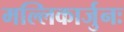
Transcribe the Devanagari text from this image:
मल्लिकार्जुनः